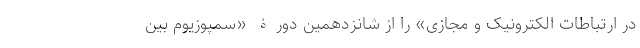
در ارتباطات الکترونیک و مجازی» را از شانزدهمین دورۀ «سمپوزیوم بین